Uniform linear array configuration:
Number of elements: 48
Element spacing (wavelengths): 0.75
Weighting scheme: hann
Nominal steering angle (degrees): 45
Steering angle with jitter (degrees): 46.495
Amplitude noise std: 0.05
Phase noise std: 0.05

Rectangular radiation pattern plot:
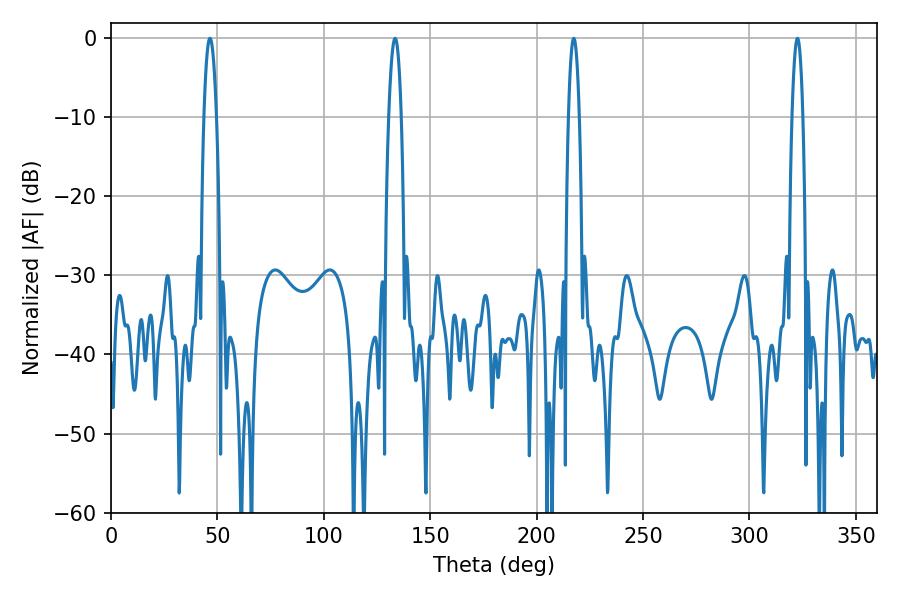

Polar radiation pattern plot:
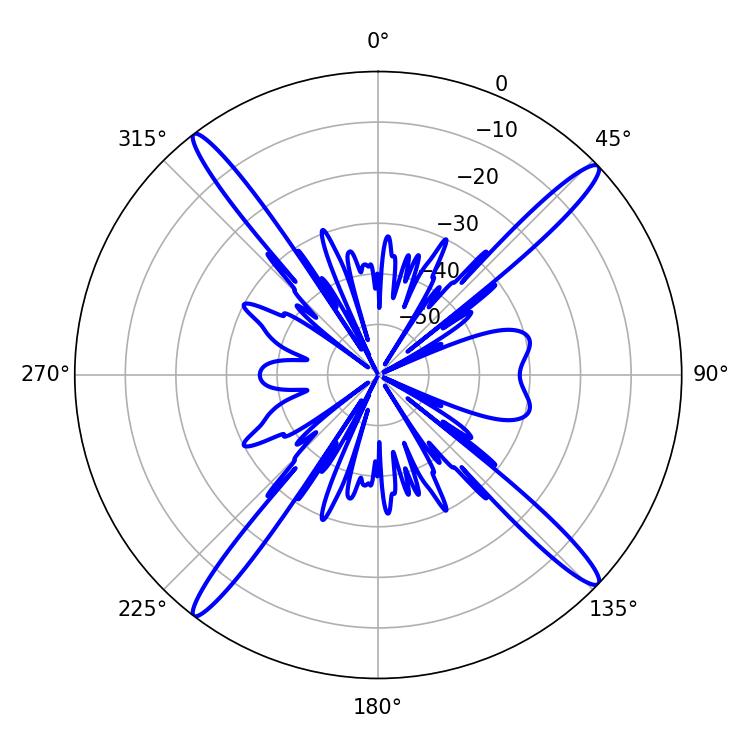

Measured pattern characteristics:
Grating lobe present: TRUE
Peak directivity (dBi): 19.039
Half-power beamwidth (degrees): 2.88
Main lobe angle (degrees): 217.44